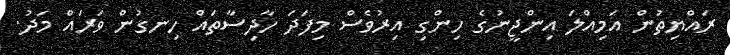
ރައްޔިތުން އަމިއްލަ އިންޖީނުގެ ހިންގި އިރުވެސް މިފަދަ ހާދިސާތައް ހިނގުން ވަރައް މަދު.